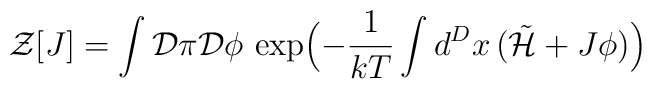
{\cal Z}\lbrack J\rbrack=\int{\cal D}\pi{\cal D}\phi\,\exp\Bigl(-\frac{1}{kT}\int d^{D}x\,({\tilde{{\cal H}}}+J\phi)\Bigr)